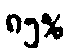
၈၅%